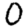
Digit: 0